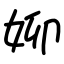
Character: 㚹